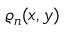
\varrho _ { n } ( x , y )